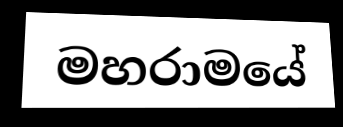
මහරාමයේ